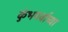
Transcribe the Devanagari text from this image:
कुंभपर्वाच्या